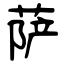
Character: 萨